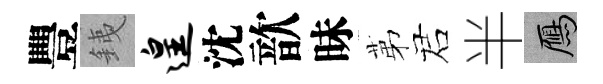
豐銕遑沈歆昧苐诺半鴈